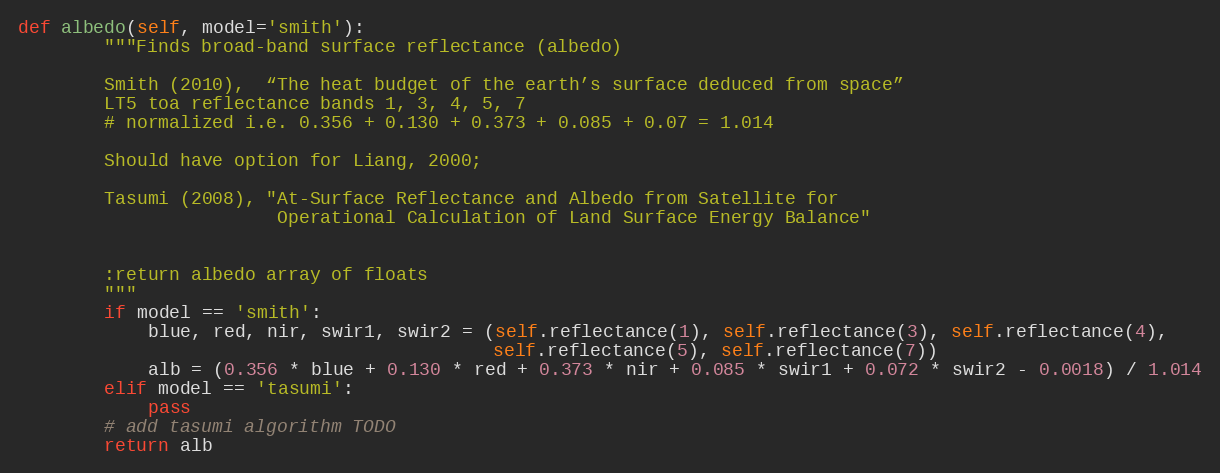
Language: Python
def albedo(self, model='smith'):
        """Finds broad-band surface reflectance (albedo)

        Smith (2010),  “The heat budget of the earth’s surface deduced from space”
        LT5 toa reflectance bands 1, 3, 4, 5, 7
        # normalized i.e. 0.356 + 0.130 + 0.373 + 0.085 + 0.07 = 1.014

        Should have option for Liang, 2000;

        Tasumi (2008), "At-Surface Reflectance and Albedo from Satellite for
                        Operational Calculation of Land Surface Energy Balance"

        :return albedo array of floats
        """
        if model == 'smith':
            blue, red, nir, swir1, swir2 = (self.reflectance(1), self.reflectance(3), self.reflectance(4),
                                            self.reflectance(5), self.reflectance(7))
            alb = (0.356 * blue + 0.130 * red + 0.373 * nir + 0.085 * swir1 + 0.072 * swir2 - 0.0018) / 1.014
        elif model == 'tasumi':
            pass
        # add tasumi algorithm TODO
        return alb